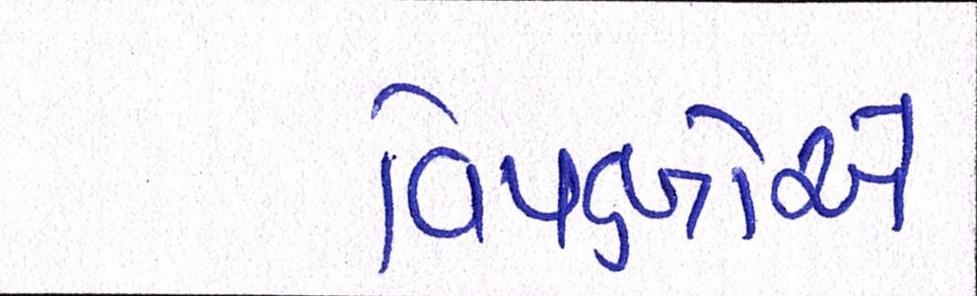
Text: વિપક્ષોએ